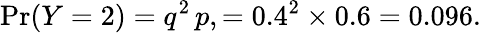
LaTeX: \operatorname*{Pr}(Y=2)=q^{2}\, p,=0.4^{2}\times 0.6=0.096.